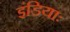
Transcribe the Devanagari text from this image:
इंडियाः